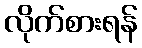
လိုက်စားရန်